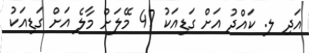
އަދި ލ. ކައްދު އަށް ގަޑިއަކު 47 މޭލަށް މާލެ އަށް ގަޑިއަކު